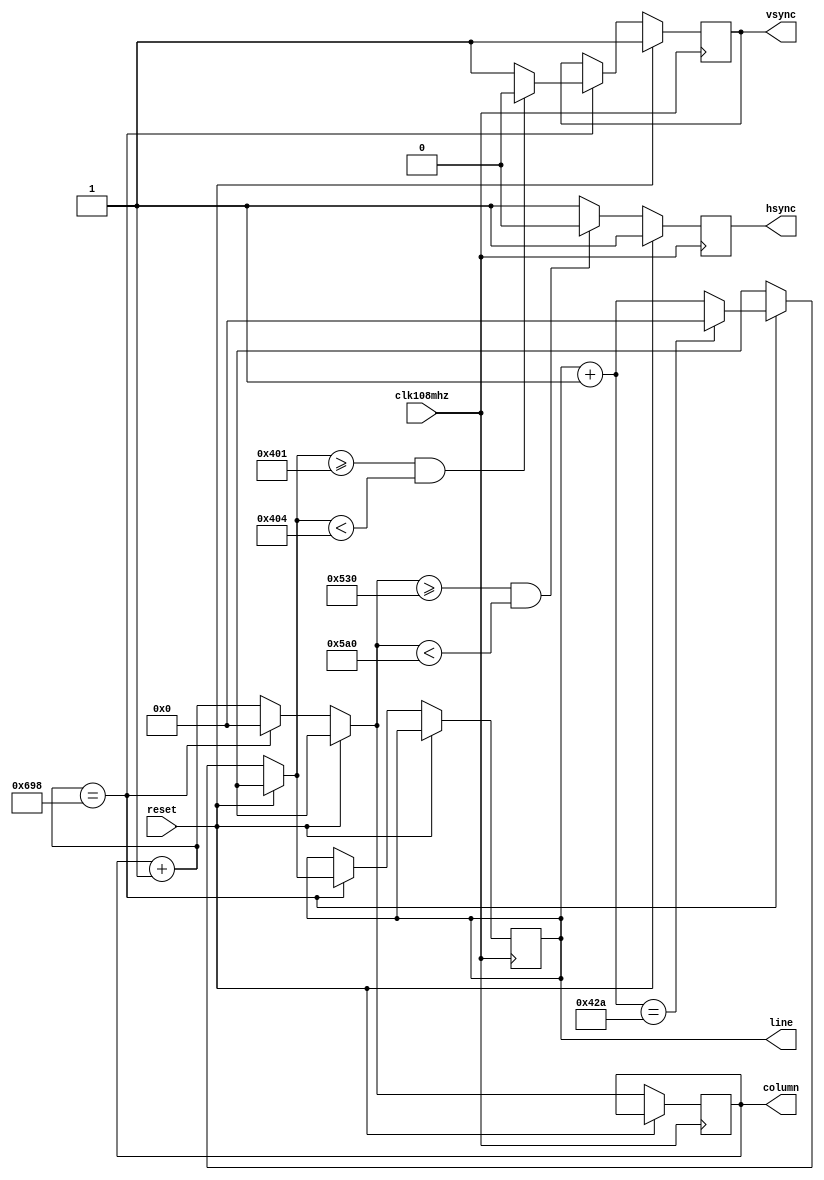
`timescale 1ns / 1ps
//////////////////////////////////////////////////////////////////////////////////
// Company: NSTU
//////////////////////////////////////////////////////////////////////////////////

module VGAsync(
    input               clk108mhz,  // VGA clock
    input               reset,      // positive reset
    output reg          hsync,      // hsync output
    output reg          vsync,      // vsync output
    output reg  [11:0]  line,       // current line number [Y]
    output reg  [11:0]  column      // current column number [X]
);

    always @(posedge clk108mhz)
    begin
        if(!reset)
        begin
            column = column + 1;
            
            if(column == 1688)
            begin
                column = 0;
                line = line + 1;
                
                if(line == 1066)
                    line = 0;
                
                if(line >= 1025 && line < 1028)
                    vsync = 1'b0;
                else
                    vsync = 1'b1;                
            end
            
            if(column >= 1328 && column < 1440)
                hsync = 1'b0;
            else
                hsync = 1'b1;                
        end
        else // If reset
        begin
            hsync = 1'b1;
            vsync = 1'b1;
        end
    end
    
endmodule